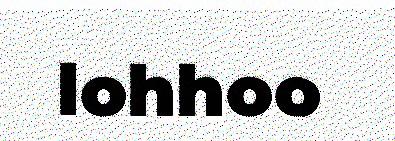
lohhoo